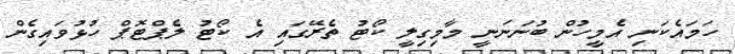
ހަމައެކަނި އެމީހުން ބުނަނަނީ މާމިގިލީ ކޯޓު ތެރޭގައި އެ ކޯޓު ލެޕްޓޮޕް ހުޅުވައިގެން